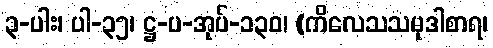
၃-ပါး၊ ပါ-၃၅၊ ဋ္ဌ-ပ-အုပ်-၁၃၀၊ (ကိလေသသမုဒါစာရ၊